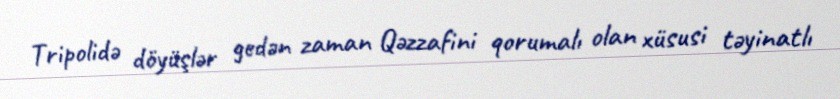
Tripolidə döyüşlər gedən zaman Qəzzafini qorumalı olan xüsusi təyinatlı